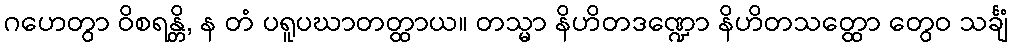
ဂဟေတွာ ဝိစရန္တိ, န တံ ပရူပဃာတတ္ထာယ။ တသ္မာ နိဟိတဒဏ္ဍော နိဟိတသတ္ထော တွေဝ သင်္ချံ